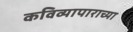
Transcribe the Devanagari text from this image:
कविव्यापाराच्या